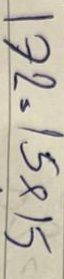
172 = 15x15